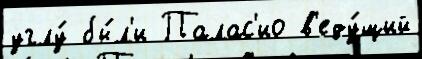
углу́ бы́л'и Палас'ио в'еду́щий